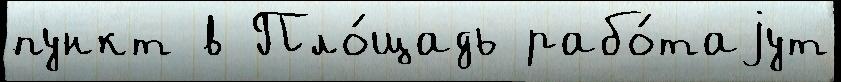
пункт в Пло́щадь рабо́таjут